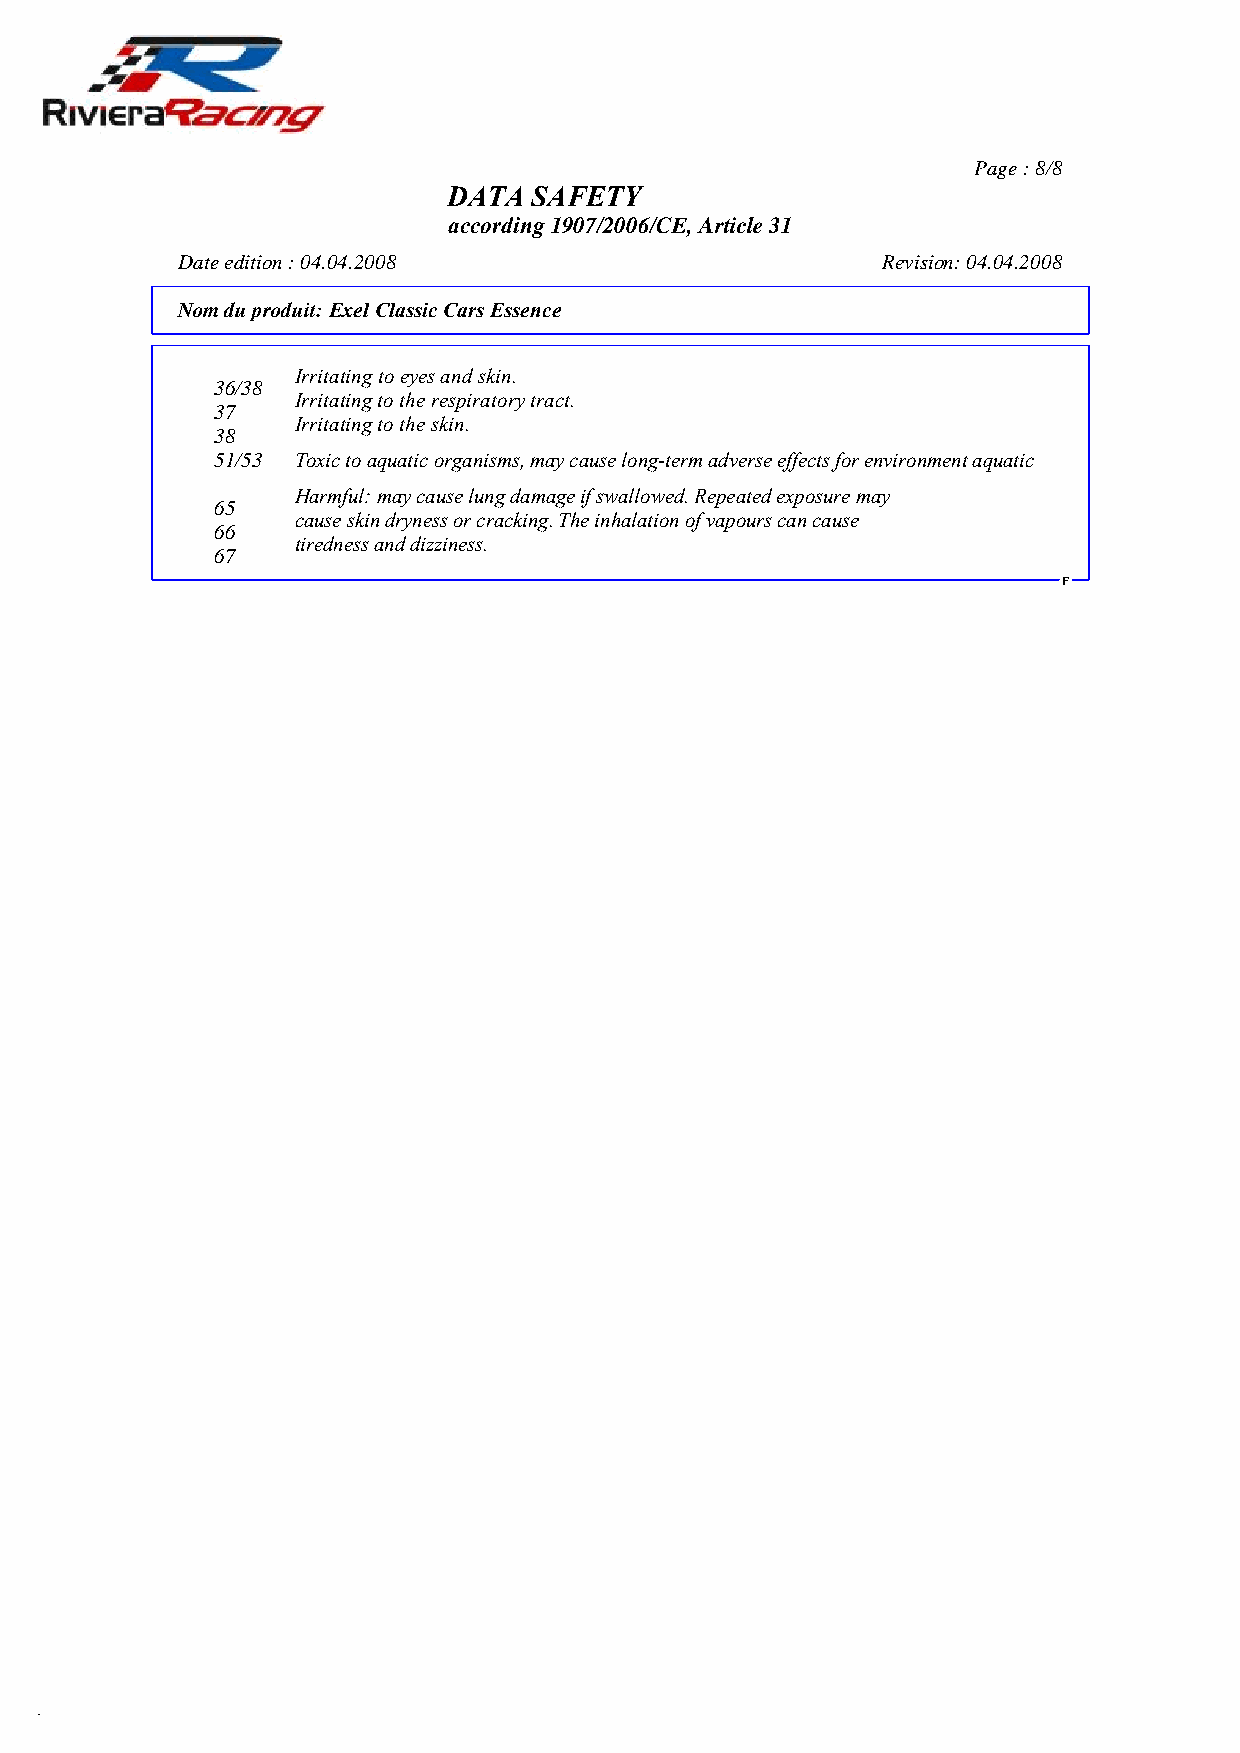
Page : 8/8
 DATA SAFETY
 according 1907/2006/CE, Article 31
 Date edition : 04.04.2008                     Revision: 04.04.2008
 Nom du produit:Exel Classic Cars Essence
 Irritating to eyes and skin.
 36/38
 Irritating to the respiratory tract.
 37
 Irritating to the skin.
 38
 51/53 Toxic to aquatic organisms, may cause long-term adverse effects for environment aquatic
 Harmful: may cause lung damage if swallowed. Repeated exposure may
 65
 cause skin dryness or cracking. The inhalation of vapours can cause
 66
 tiredness and dizziness.
 67
 F
 DR